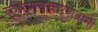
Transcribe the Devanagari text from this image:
कृष्णदयार्णवांनी